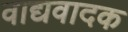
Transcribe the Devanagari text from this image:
वाद्यवादक